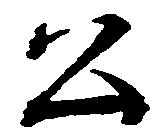
公